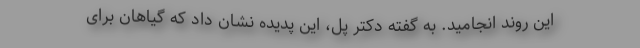
این روند انجامید. به گفته دکتر پل، این پدیده نشان داد که گیاهان برای